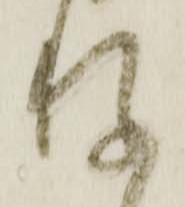
存